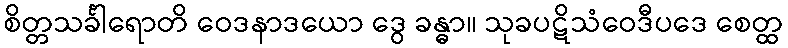
စိတ္တသင်္ခါရောတိ ဝေဒနာဒယော ဒွေ ခန္ဓာ။ သုခပဋိသံဝေဒီပဒေ စေတ္ထ